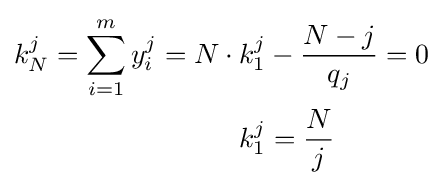
{\begin{aligned}k_{N}^{j}=\sum _{i=1}^{m}y_{i}^{j}=N\cdot k_{1}^{j}&-{\frac {N-j}{q_{j}}}=0\\k_{1}^{j}&={\frac {N}{j}}\end{aligned}}